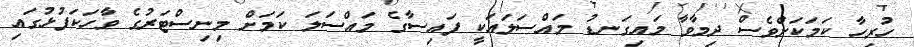
ހުރިހާ ކަމަކަށްވެސް ދިމާވާ މައިގަނޑު މައްސަލައަކީ ފައިސާގެ މައްސަލަ ކަމަށް މިނިސްޓަރުގެ ވާހަކަފުޅުގައި